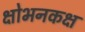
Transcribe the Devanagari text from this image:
क्षोभनकक्ष